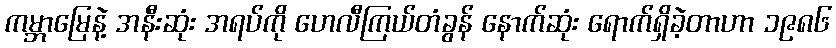
ကမ္ဘာမြေနဲ့ အနီးဆုံး အရပ်ကို ဟေလီကြယ်တံခွန် နောက်ဆုံး ရောက်ရှိခဲ့တာဟာ ၁၉၈၆